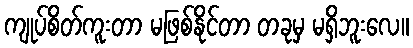
ကျုပ်စိတ်ကူးတာ မဖြစ်နိုင်တာ တခုမှ မရှိဘူးလေ။